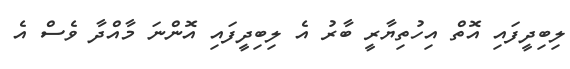
ލިބިދީފައި އޮތް އިހުތިޔާރީ ބާރު އެ ލިބިދީފައި އޮންނަ މާއްދާ ވެސް އެ